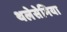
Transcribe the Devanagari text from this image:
थलेसेमिया